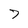
Character: 7